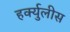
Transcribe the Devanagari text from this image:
हर्क्युलीस